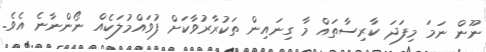
ނޫން ނަމަ މިފަދަ ކާރިސާތައް މާ ގިނައިން ތަކުރާރުވާކަށް ފުވައްމުލަކެއް ނޯންނާނެ އެވެ.